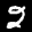
Label: 2